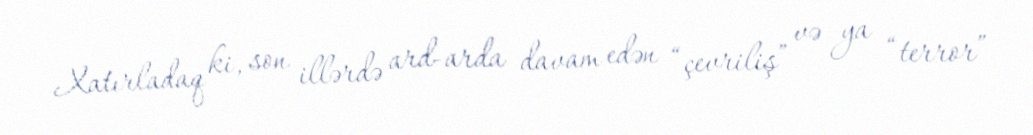
Xatırladaq ki, son illərdə ard-arda davam edən “çevriliş” və ya “terror”